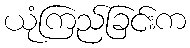
ယုံကြည်ခြင်းက